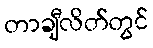
တာချီလိတ်တွင်